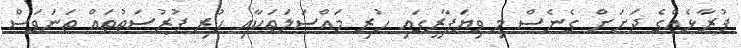
ފުރާޅެއްގެ ދަށަށް ގެނެސް މި ވިޔަފާރީގައި ހުރި މައްސަލަތަކާއި ހުރި ފުރުސަތުތައް ތަނަވަސް